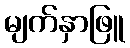
မျက်နှာဖြူ